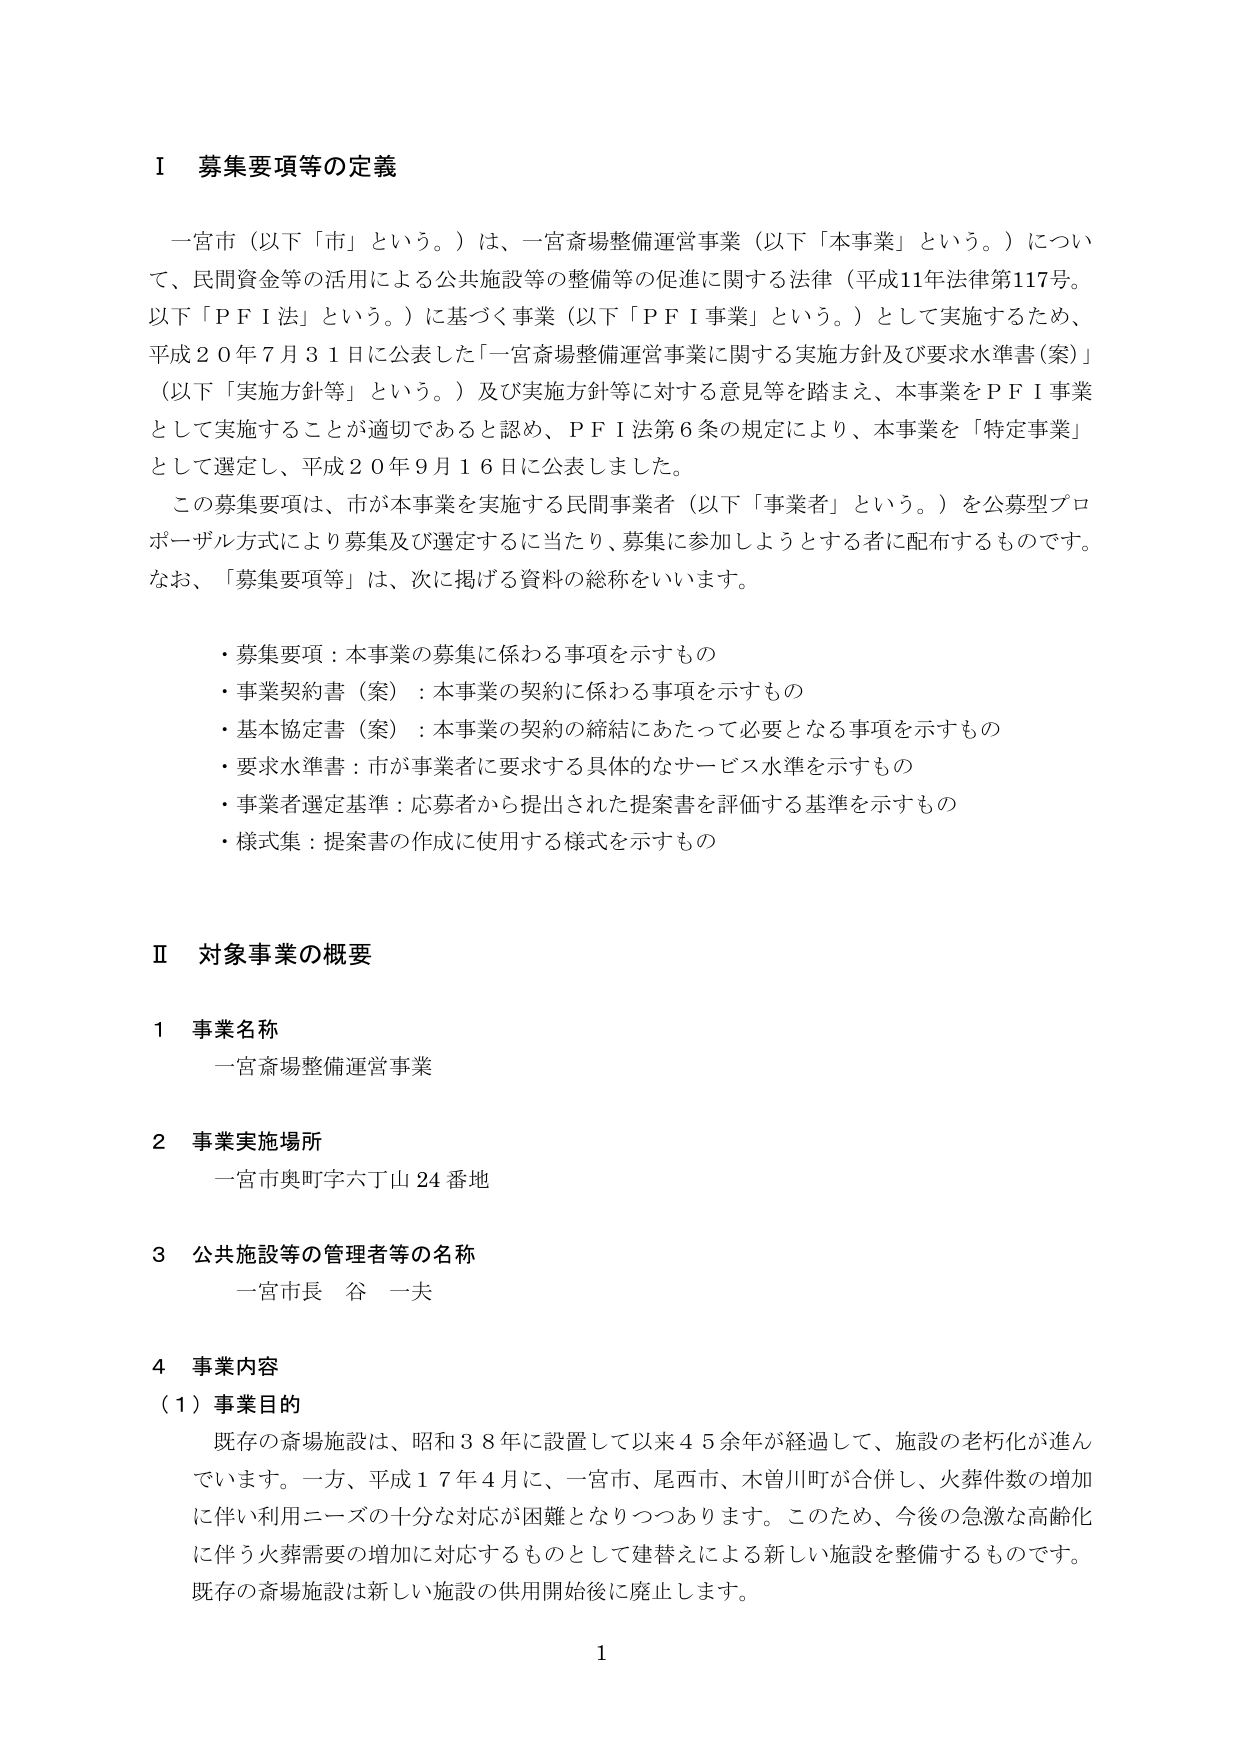
I 募集要項等の定義

一宮市（以下「市」という。）は、一宮斎場整備運営事業（以下「本事業」という。）について、民間資金等の活用による公共施設等の整備等の促進に関する法律（平成11年法律第117号。以下「PFI法」という。）に基づく事業（以下「PFI事業」という。）として実施するため、平成20年7月31日に公表した「一宮斎場整備運営事業に関する実施方針及び要求水準書（案）」（以下「実施方針等」という。）及び実施方針等に対する意見等を踏まえ、本事業をPFI事業として実施することが適切であると認め、PFI法第6条の規定により、本事業を「特定事業」として選定し、平成20年9月16日に公表しました。

この募集要項は、市が本事業を実施する民間事業者（以下「事業者」という。）を公募型プロポーザル方式により募集及び選定するに当たり、募集に参加しようとする者に配布するものです。なお、「募集要項等」は、次に掲げる資料の総称をいいます。

・募集要項：本事業の募集に係わる事項を示すもの
・事業契約書（案）：本事業の契約に係わる事項を示すもの
・基本協定書（案）：本事業の契約の締結にあたって必要となる事項を示すもの
・要求水準書：市が事業者に要求する具体的なサービス水準を示すもの
・事業者選定基準：応募者から提出された提案書を評価する基準を示すもの
・様式集：提案書の作成に使用する様式を示すもの

II 対象事業の概要

1 事業名称
一宮斎場整備運営事業

2 事業実施場所
一宮市奥町字六丁山24番地

3 公共施設等の管理者等の名称
一宮市長 谷 一夫

4 事業内容
（1）事業目的
既存の斎場施設は、昭和38年に設置して以来45余年が経過して、施設の老朽化が進んでいます。一方、平成17年4月に、一宮市、尾西市、木曽川町が合併し、火葬件数の増加に伴い利用ニーズの十分な対応が困難となりつつあります。このため、今後の急激な高齢化に伴う火葬需要の増加に対応するものとして建替えによる新しい施設を整備するものです。既存の斎場施設は新しい施設の供用開始後に廃止します。

1